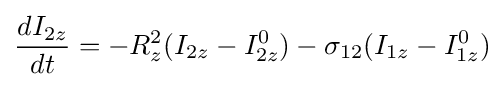
{d{I_{2z}} \over dt}=-R_{z}^{2}(I_{2z}-I_{2z}^{0})-\sigma _{12}(I_{1z}-I_{1z}^{0})